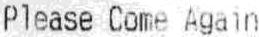
PLEASE COME AGAIN